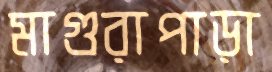
মাগুরাপাড়া